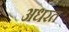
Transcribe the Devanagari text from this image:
अधरत